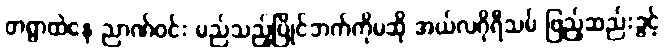
တရွာထဲနေ ညာဏ်ဝင်း မည်သည့်ပြိုင်ဘက်ကိုမဆို အယ်လဂိုရီသမ် ဖြည့်ဆည်းခွင့်